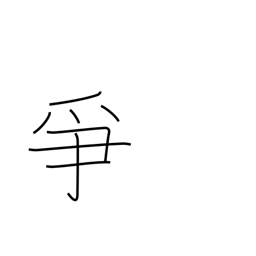
Meaning: to dispute